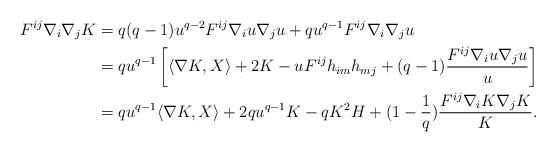
LaTeX: \begin{align*}F^{ij}\nabla_i\nabla_j K&=q(q-1)u^{q-2}F^{ij}\nabla_iu\nabla_ju+qu^{q-1}F^{ij}\nabla_i\nabla_ju\\&=qu^{q-1}\left[\langle\nabla K, X\rangle+2K-uF^{ij}h_{im}h_{mj}+(q-1)\frac{F^{ij}\nabla_iu\nabla_ju}{u}\right]\\&=qu^{q-1} \langle\nabla K, X\rangle+2qu^{q-1}K-qK^2H+(1-\frac1q)\frac{F^{ij}\nabla_i K \nabla_j K}{K}. \end{align*}